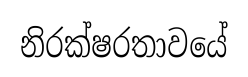
නිරක්ෂරතාවයේ